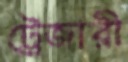
ট্রেজারী